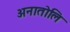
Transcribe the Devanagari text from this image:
अनातोलि